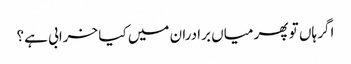
اگر ہاں تو پھر میاں برادران میں کیا خرابی ہے؟